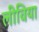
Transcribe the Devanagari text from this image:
लीविया